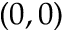
( 0 , 0 )